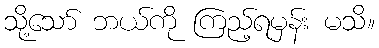
သို့သော် ဘယ်ကို ကြည့်ရမှန်း မသိ။